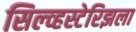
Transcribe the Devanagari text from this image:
सिल्व्हस्टेरिझला